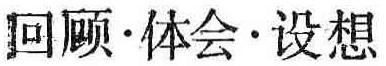
回顾$\cdot$体会$\cdot$设想